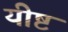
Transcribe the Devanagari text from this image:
यीष्ट